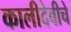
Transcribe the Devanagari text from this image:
कालीदेवीचे